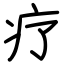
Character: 疗